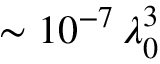
\sim 1 0 ^ { - 7 } \, \lambda _ { 0 } ^ { 3 }